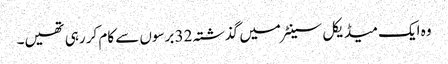
وہ ایک میڈیکل سینٹر میں گذشتہ 32 برسوں سے کام کر رہی تھیں۔